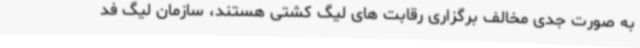
به صورت جدی مخالف برگزاری رقابت های لیگ کشتی هستند، سازمان لیگ فد